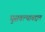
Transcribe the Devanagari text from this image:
घुसवल्याबद्दल